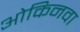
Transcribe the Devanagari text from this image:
ओकिनवा